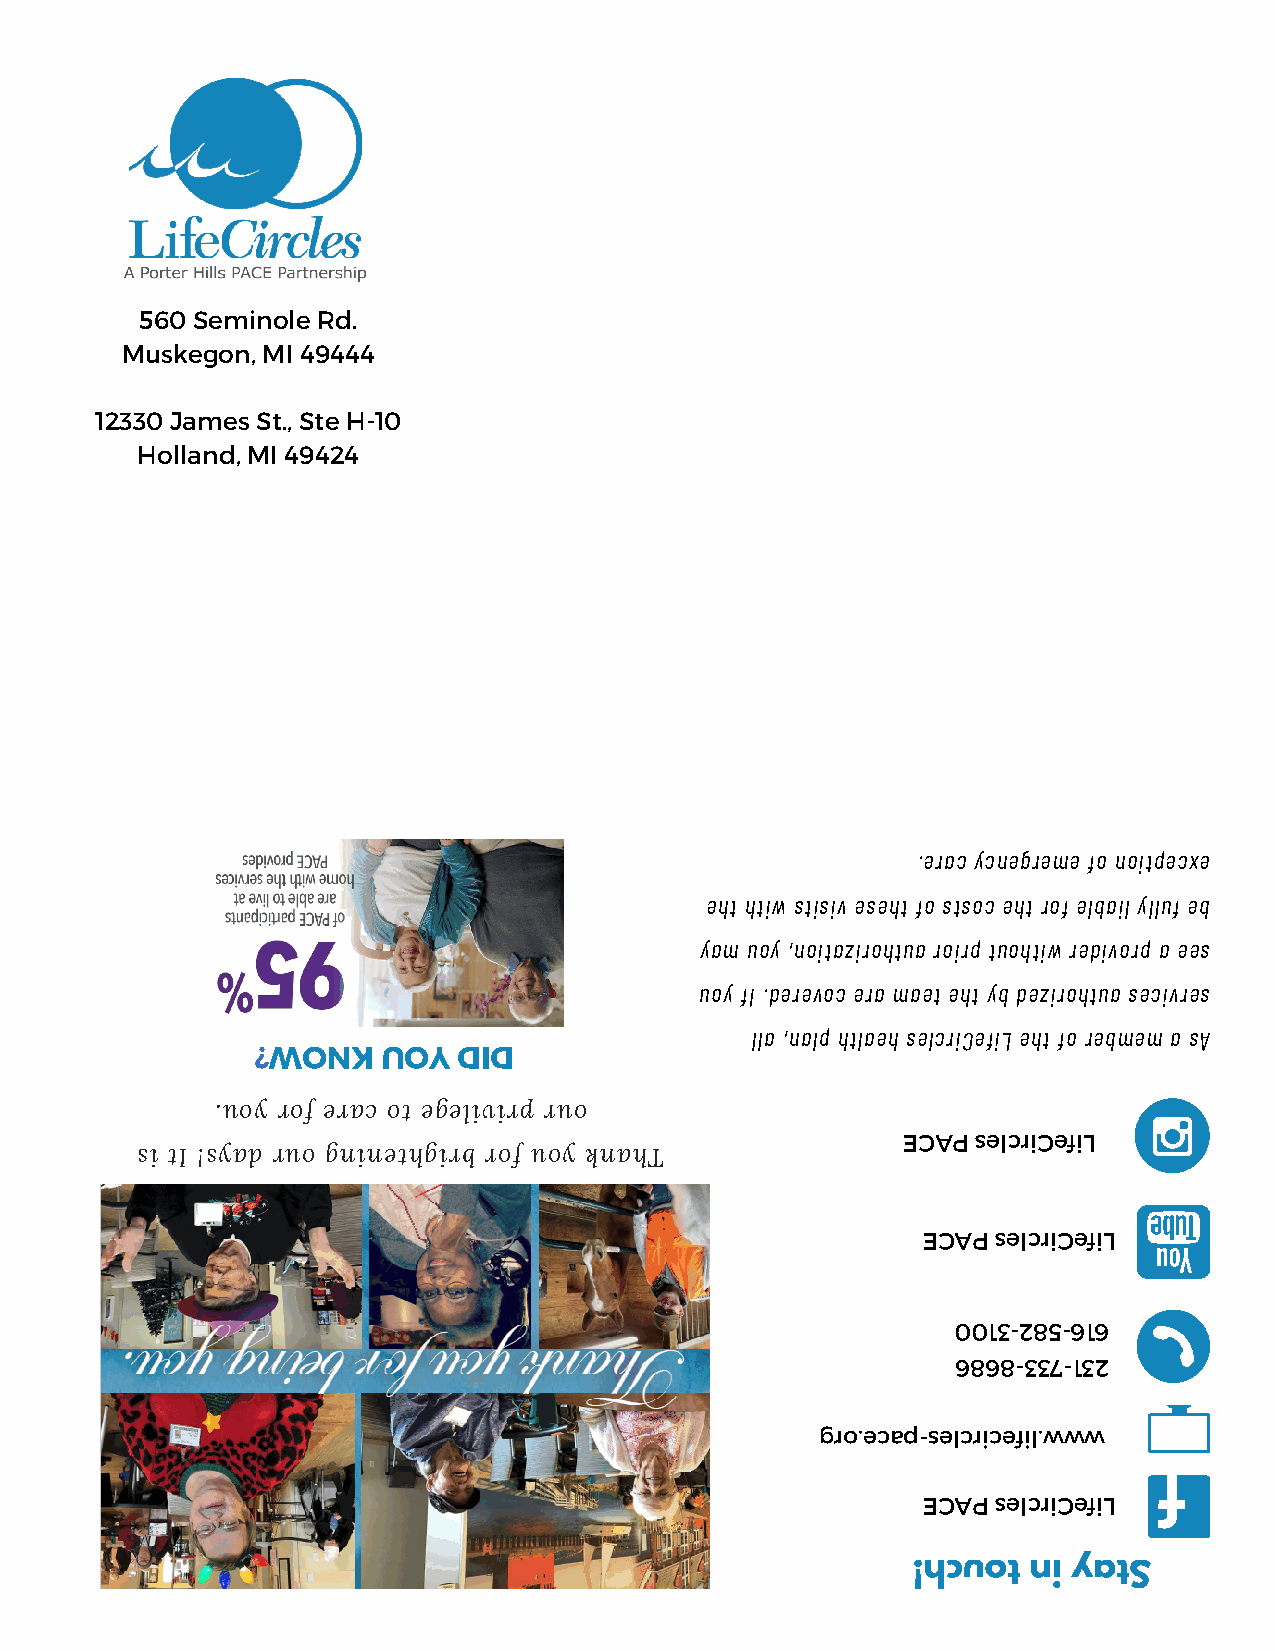
560 Seminole Rd.
 Muskegon, MI 49444
 12330 James St., Ste H-10
 Holland, MI 49424
 .erac ycnegreme fo noitpecxe
 eht htiw stisiv eseht fo stsoc eht rof elbail ylluf eb
 yam uoy ,noitazirohtua roirp tuohtiw redivorp a ees
 uoy fI .derevoc era maet eht yb dezirohtua secivres
 lla ,nalp htlaeh selcriCefiL eht fo rebmem a sA
 ?WONK   UOY  DID
 .uoy rof erac ot egelivirp ruo
 ECAP selcriCefiL
 si tI !syad ruo gninethgirb rof uoy knahT
 ECAP selcriCefiL
 0013-285-616
 6868-337-132
 gro.ecap-selcricefil.www
 ECAP selcriCefiL
 !hcuot  ni yatS